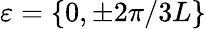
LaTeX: \varepsilon=\{ 0,\pm 2\pi/3L\}